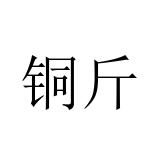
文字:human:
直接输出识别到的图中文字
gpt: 铜斤